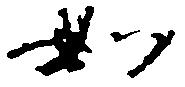
如